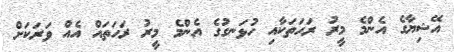
އޭޝިޔާގެ އެންމެ މީރު ރަހަތަކާއި ހުޅަނގުގެ އެންމެ މީރު ރަހަތައް އެއް ވަރަކަށް